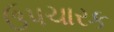
ઉપચારક